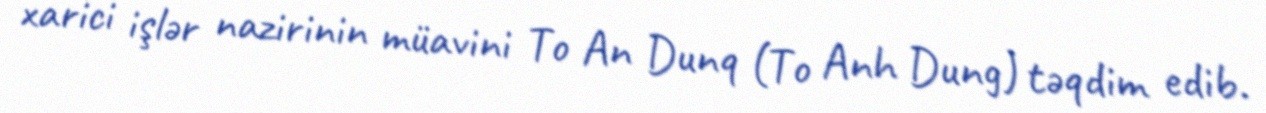
xarici işlər nazirinin müavini To An Dunq (To Anh Dung) təqdim edib.